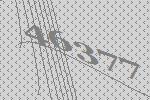
46377